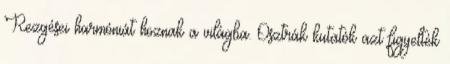
Rezgései harmóniát hoznak a világba. Osztrák kutatók azt figyelték